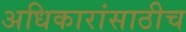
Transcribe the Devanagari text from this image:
अधिकारांसाठीच